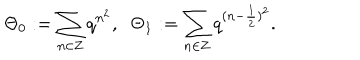
\Theta _ { 0 } : = \sum _ { n \in { \bf Z } } q ^ { n ^ { 2 } } , \; \; \Theta _ { 1 } : = \sum _ { n \in { \bf Z } } q ^ { ( n - \frac { 1 } { 2 } ) ^ { 2 } } .